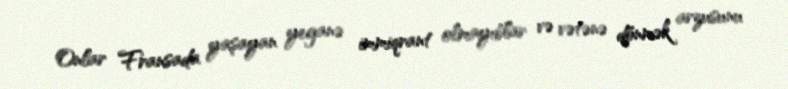
Onlar Fransada yaşayan yeganə immiqrant olmayıblar və vətənə dönmək arzusunu